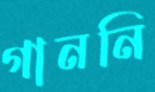
গাননি